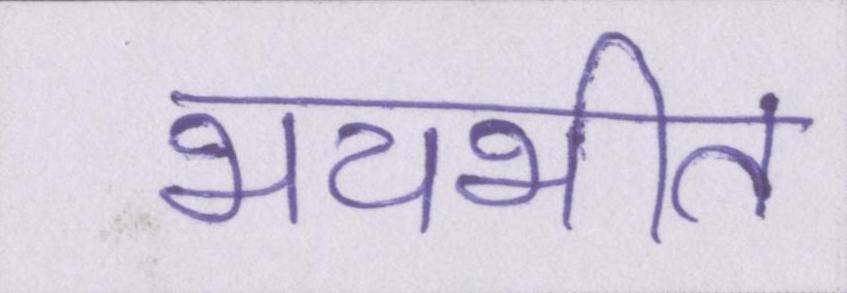
भयभीत